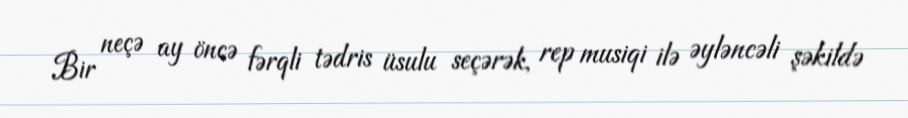
Bir neçə ay öncə fərqli tədris üsulu seçərək, rep musiqi ilə əyləncəli şəkildə